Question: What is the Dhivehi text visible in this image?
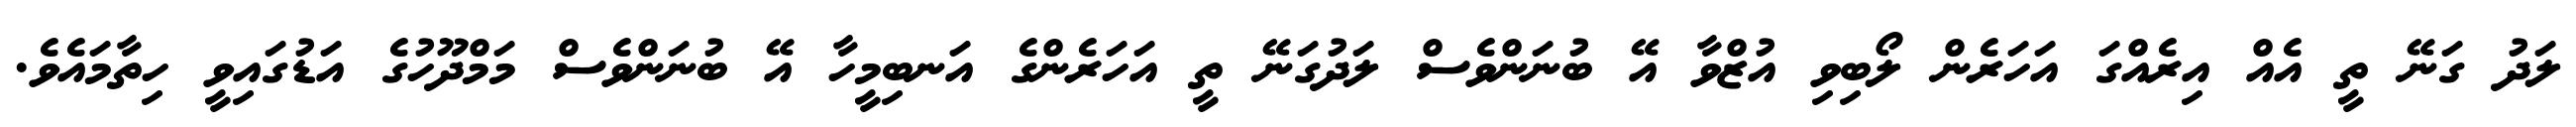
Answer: ލަދު ގަނޭ ތީ އެއް އިރެއްގަ އަހަރެން ލޯބިވި އުޒްވާ އޭ ބުނަންވެސް ލަދުގަނޭ ތީ އަހަރެންގެ އަނބިމީހާ އޭ ބުނަންވެސް މަމްދޫހުގެ އަޑުގައިވީ ހިތާމައެވެ.